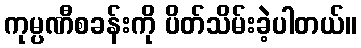
ကုမ္ပဏီစခန်းကို ပိတ်သိမ်းခဲ့ပါတယ်။